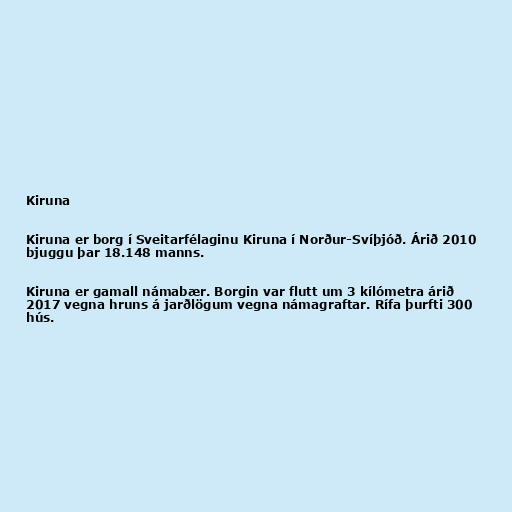
Kiruna

Kiruna er borg í Sveitarfélaginu Kiruna í Norður-Svíþjóð. Árið 2010
bjuggu þar 18.148 manns.

Kiruna er gamall námabær. Borgin var flutt um 3 kílómetra árið
2017 vegna hruns á jarðlögum vegna námagraftar. Rífa þurfti 300
hús.